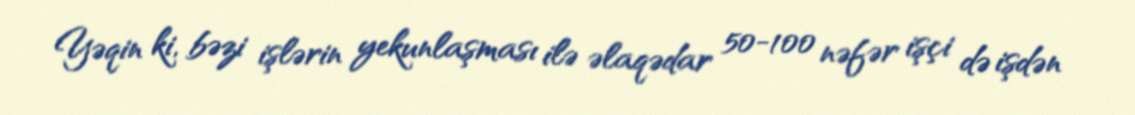
Yəqin ki, bəzi işlərin yekunlaşması ilə əlaqədar 50-100 nəfər işçi də işdən